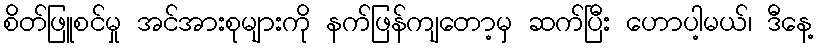
စိတ်ဖြူစင်မှု အင်အားစုများကို နက်ဖြန်ကျတော့မှ ဆက်ပြီး ဟောပါ့မယ်၊ ဒီနေ့